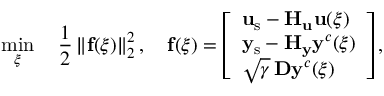
\operatorname* { m i n } _ { \boldsymbol { \xi } } \quad \frac { 1 } { 2 } \left\| \mathbf { f } ( \boldsymbol { \xi } ) \right\| _ { 2 } ^ { 2 } , \quad \mathbf { f } ( \boldsymbol { \xi } ) = \left[ \begin{array} { l } { \mathbf { u } _ { \mathrm { s } } - \mathbf { H } _ { \mathbf { u } } \mathbf { u } ( \boldsymbol { \xi } ) } \\ { \mathbf { y } _ { \mathrm { s } } - \mathbf { H } _ { \mathbf { y } } \mathbf { y } ^ { c } ( \boldsymbol { \xi } ) } \\ { \sqrt { \gamma } \, \mathbf { D } \mathbf { y } ^ { c } ( \boldsymbol { \xi } ) } \end{array} \right] ,